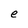
Character: e